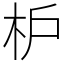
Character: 枦